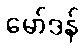
မော်ဒန်